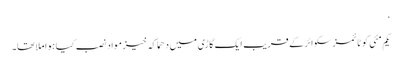
‘
یکم مئی کو ٹائمزسکوائر کے قریب ایک گاڑی میں دھماکہ خیز مواد نصب کیا ہوا ملا تھا۔